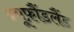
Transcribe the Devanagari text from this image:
न्यूफ़ौंडलैंड